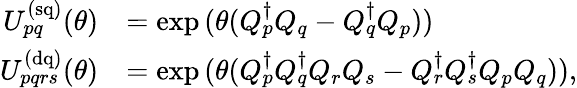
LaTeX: \begin{array}{rl}{U_{pq}^{\mathrm{(sq)}}(\theta)}&{=\exp{(\theta(Q_{p}^{\dagger}Q_{q}-Q_{q}^{\dagger}Q_{p}))}}\\ {U_{pqrs}^{\mathrm{(dq)}}(\theta)}&{=\exp{(\theta(Q_{p}^{\dagger}Q_{q}^{\dagger}Q_{r}Q_{s}-Q_{r}^{\dagger}Q_{s}^{\dagger}Q_{p}Q_{q}))},}\end{array}